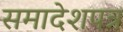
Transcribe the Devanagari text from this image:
समादेशपत्र